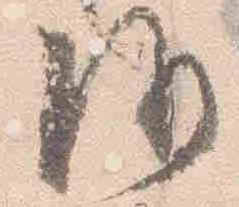
沙